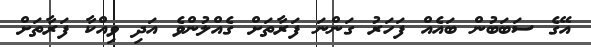
އޭގެ ސަބަބުން ބައެއް ފަހަރު ގަންނަ ފަރާތަށް ގެއްލުންވެ އަދި ވިއްކާ ފަރާތަށް